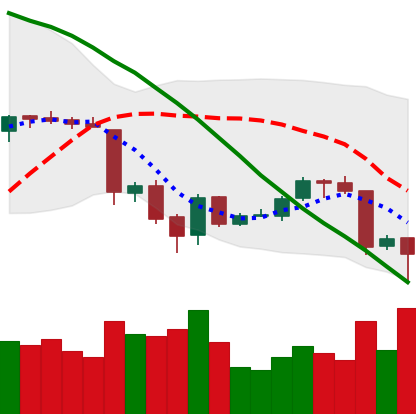
Ticker: ETH-USD
Chart end date: 2018-06-24
Forward return: -4.733%
Label: down_3_5